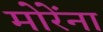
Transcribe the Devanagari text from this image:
मोरेंना